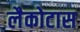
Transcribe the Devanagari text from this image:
लैकोटास